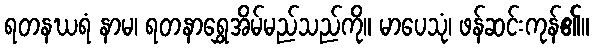
ရတနဃရံ နာမ၊ ရတနာရွှေအိမ်မည်သည်ကို။ မာပေသုံ၊ ဖန်ဆင်းကုန်၏။